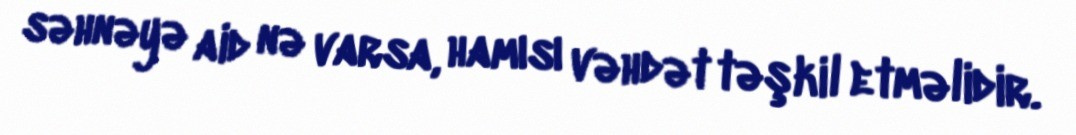
səhnəyə aid nə varsa, hamısı vəhdət təşkil etməlidir.